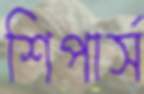
শিপার্স